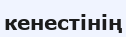
кенестінің